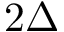
2 \Delta